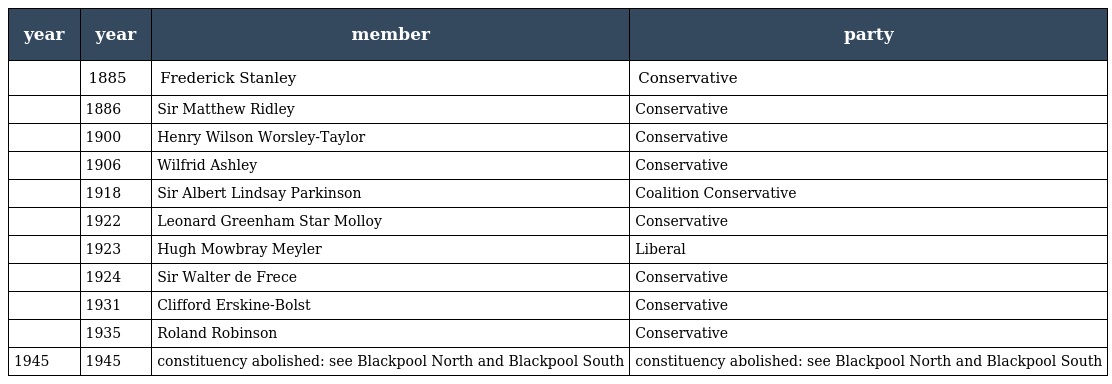
| year | year | member | party |
 | --- | --- | --- | --- |
 |  | 1885 | Frederick Stanley | Conservative |
 |  | 1886 | Sir Matthew Ridley | Conservative |
 |  | 1900 | Henry Wilson Worsley-Taylor | Conservative |
 |  | 1906 | Wilfrid Ashley | Conservative |
 |  | 1918 | Sir Albert Lindsay Parkinson | Coalition Conservative |
 |  | 1922 | Leonard Greenham Star Molloy | Conservative |
 |  | 1923 | Hugh Mowbray Meyler | Liberal |
 |  | 1924 | Sir Walter de Frece | Conservative |
 |  | 1931 | Clifford Erskine-Bolst | Conservative |
 |  | 1935 | Roland Robinson | Conservative |
 | 1945 | 1945 | constituency abolished: see Blackpool North and Blackpool South | constituency abolished: see Blackpool North and Blackpool South |